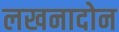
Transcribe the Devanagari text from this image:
लखनादोन